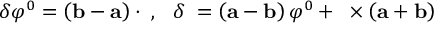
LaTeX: \delta \varphi ^ { 0 } = \left( { \bf b - a } \right) \cdot { \mathbf \varphi , \; \; \; } \delta { \mathbf \varphi } = \left( { \bf a - b } \right) \varphi ^ { 0 } + { \mathbf \varphi } \times \left( { \bf a + b } \right) \nonumber